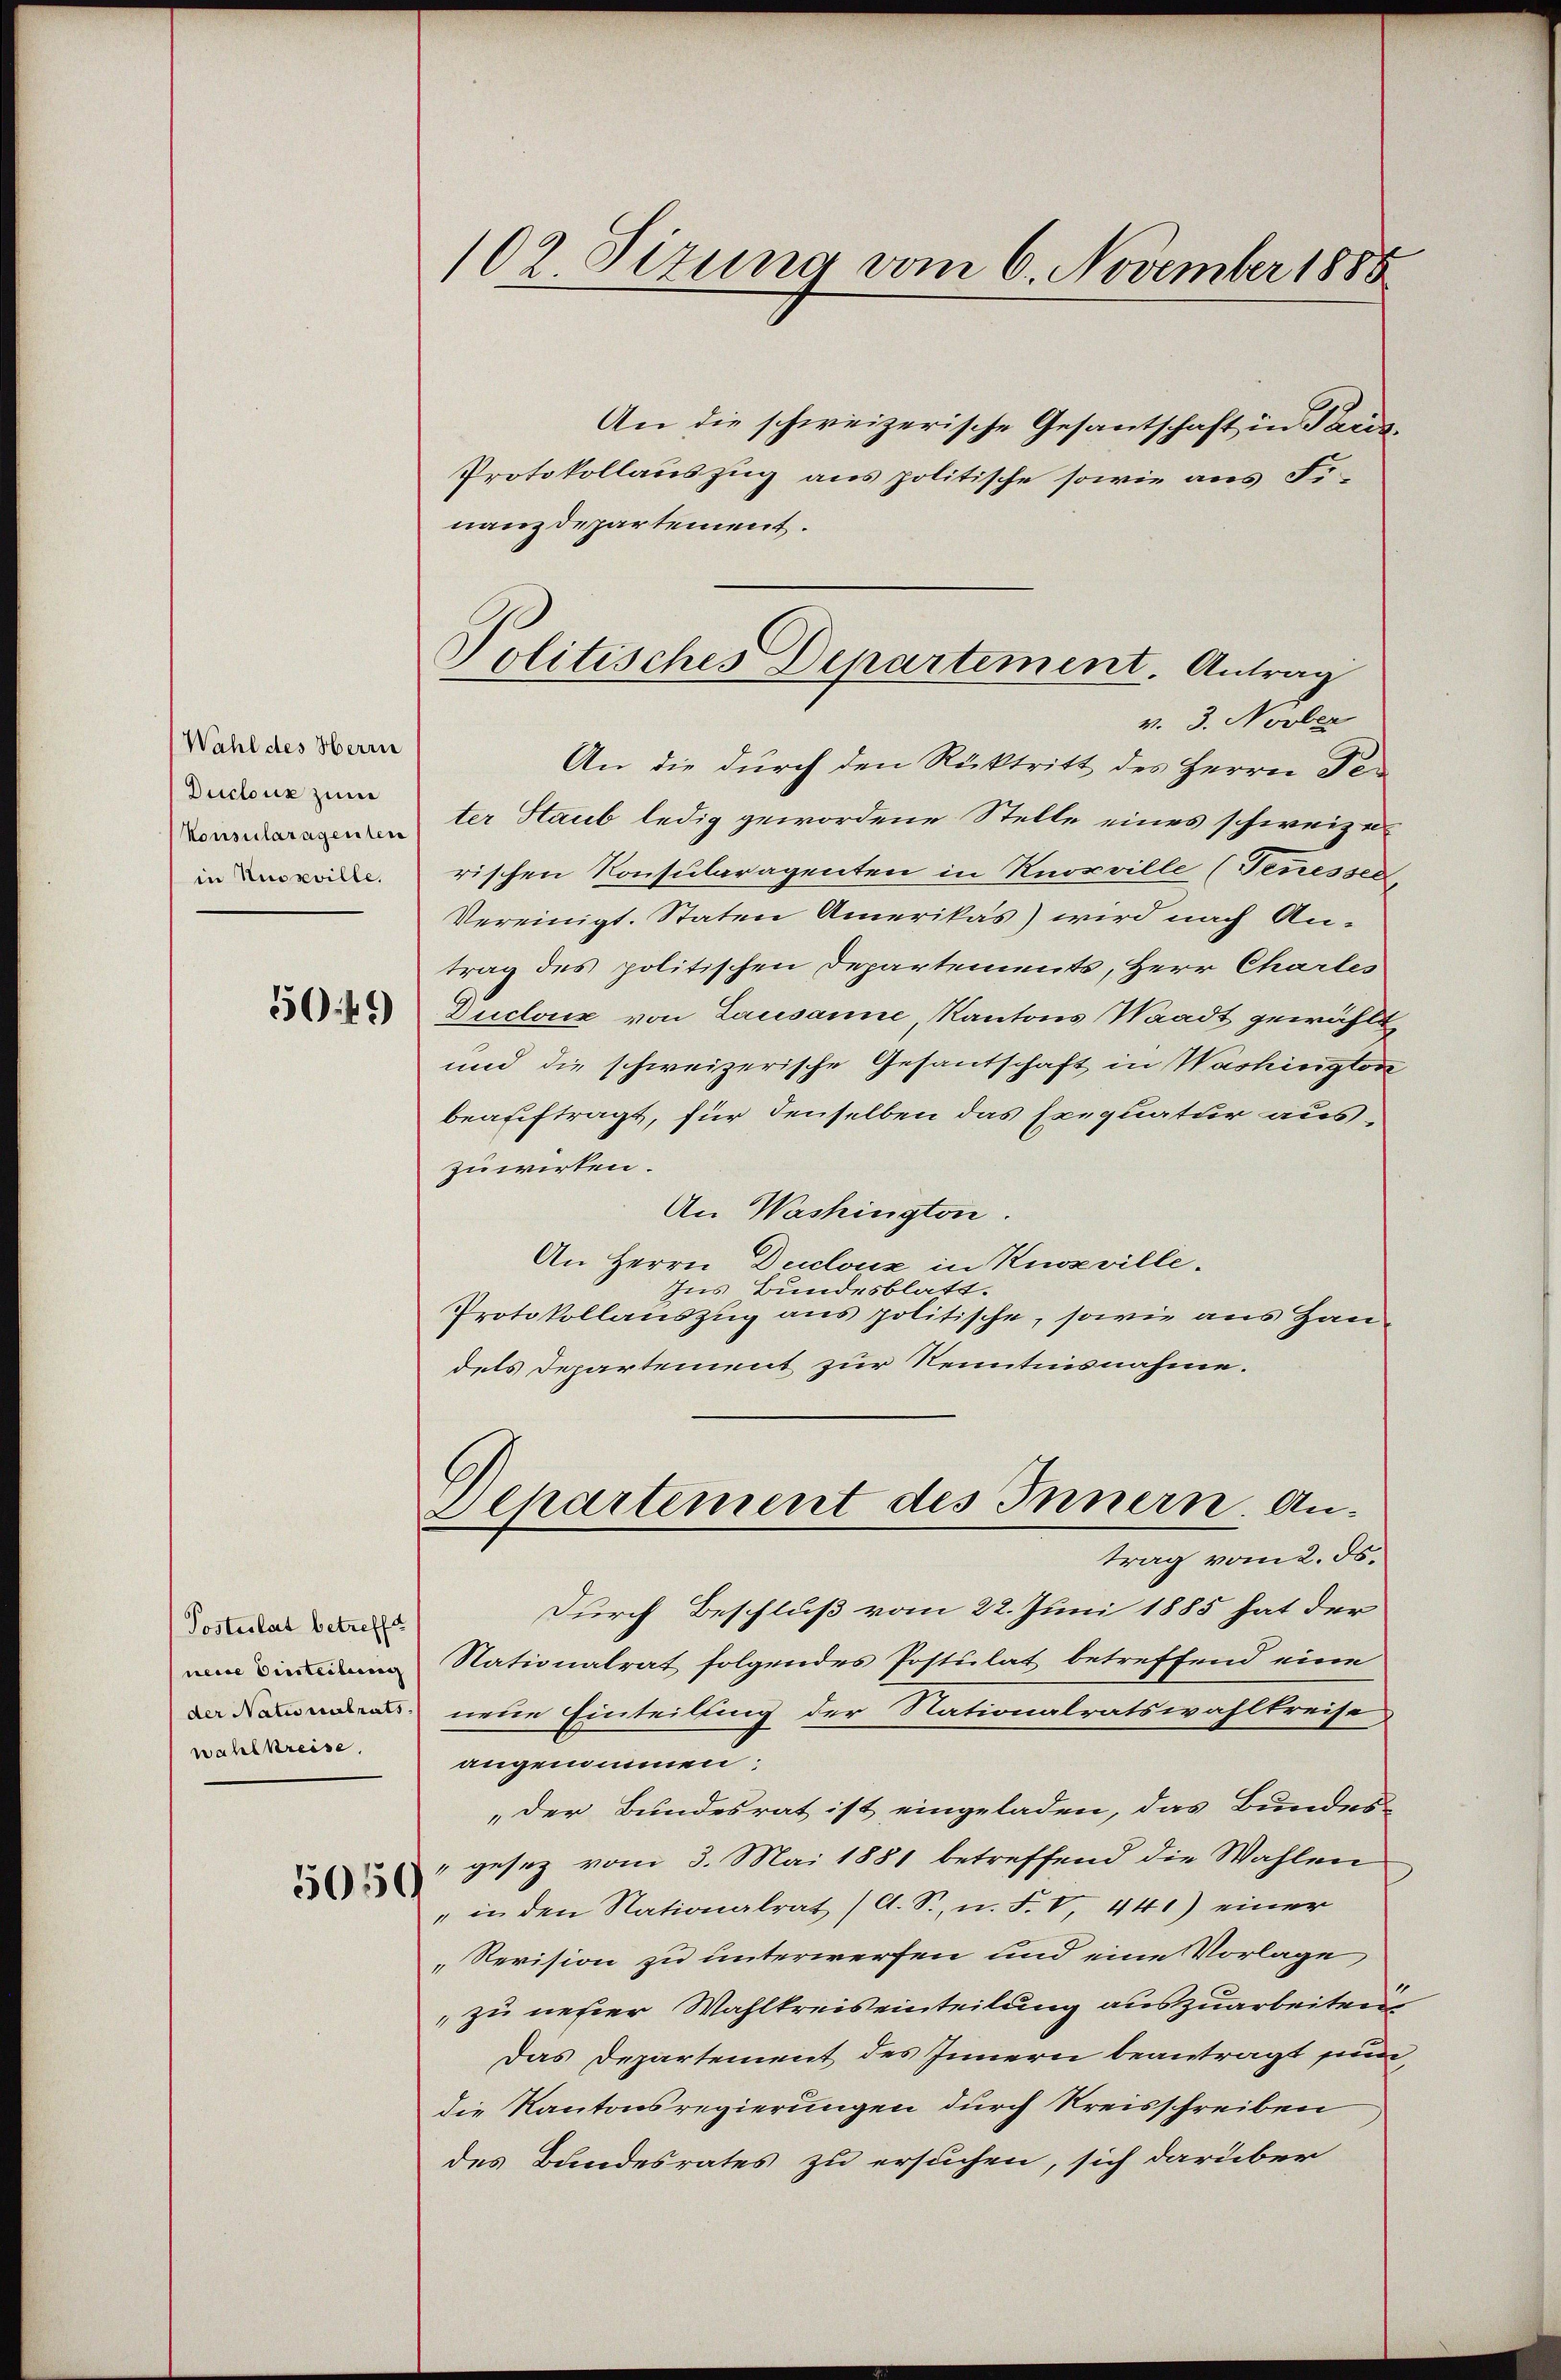
Wahl des Herrn
Ductur zum
Konsularagenten
in Nudeville.
5049

Postulat betreffe
neide Einsteilung
wahlkreise.

5059

102 Sizung vom 6. November 1888

An die schweizerische Gesantschaft in Paris,
Protokollauszug aus politische sowie aus Fr
nanzdepartement.
v. 3. Novber
An die durch den Rücktritt des Herrn Feter Staub ledig gewordene Stelle eines schweizerischen Konsularagenten in Knoxville (Teuesser,
Vereinigt. Staten Amerikas) wird nach Antrag des politischen Departements, Herr Charles
Duclouz von Lausanne, Kantons Waadt gewählt
und die schweizerische Gesantschaft in Washington
beauftragt, für denselben das Exequatur auszuwirken.
An Washington.
An Herrn Declouz in Knoeville.
Ins Bundesblatt.
Protokollauszug aus politische, sowie aus Haudels Departement zur Kenntnisnahme.
Departement des Innern. Antrag vom 2. ds.
Durch Beschluß vom 22. Juni 1885 hat der
Nationalrat folgendes Postulat betreffend eine
 neue Einteilung der Nationalratswahlkreise
angenommen:
„der Bundesrat ist eingeladen, das Bundes-
" gesez vom 3. Mai 1881 betreffend die Wahlen
" in den Nationalrat (A. S., n. F. V, 44) einer
„Revision zu unterwerfen und eine Vorlage
zu nehrer Wahlkreiseinteilung auszuarbeiten,
Das Departement des Innern beantragt sin
die Kantonsregierungen durch Kreisschreiben
des Bandesrates zu ersuchen, sich darüber

Politisches Departement. Antrag